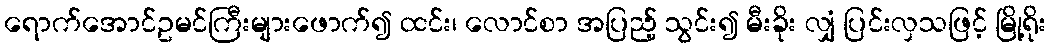
ရောက်အောင်ဥမင်ကြီးများဖောက်၍ ထင်း၊ လောင်စာ အပြည့် သွင်း၍ မီးခိုး လျှံ ပြင်းလှသဖြင့် မြို့ရိုး